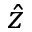
\hat { z }